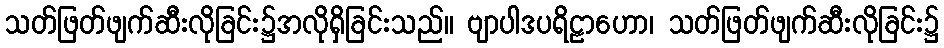
သတ်ဖြတ်ဖျက်ဆီးလိုခြင်း၌အလိုရှိခြင်းသည်။ ဗျာပါဒပရိဠာဟော၊ သတ်ဖြတ်ဖျက်ဆီးလိုခြင်း၌